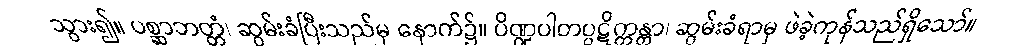
သွား၍။ ပစ္ဆာဘတ္တံ၊ ဆွမ်းခံပြီးသည်မှ နောက်၌။ ပိဏ္ဍပါတပ္ပဋိက္ကန္တာ၊ ဆွမ်းခံရာမှ ဖဲခဲ့ကုန်သည်ရှိသော်။